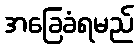
အခြေခံရမည်